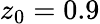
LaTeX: z_{0}=0.9